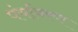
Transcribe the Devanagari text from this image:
पंर्यावरण